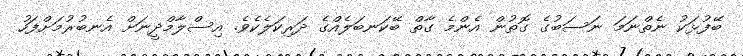
ބޭފުޅަކު ނެތްނަމަ ނަސަބުގެ ގޮތުން އެންމެ ގާތް ބޭކަނބަލެއްގެ ދަރިކަލެކެވެ. އިސްލާމްދީނަށް އެނބުރުމަށްފަހު